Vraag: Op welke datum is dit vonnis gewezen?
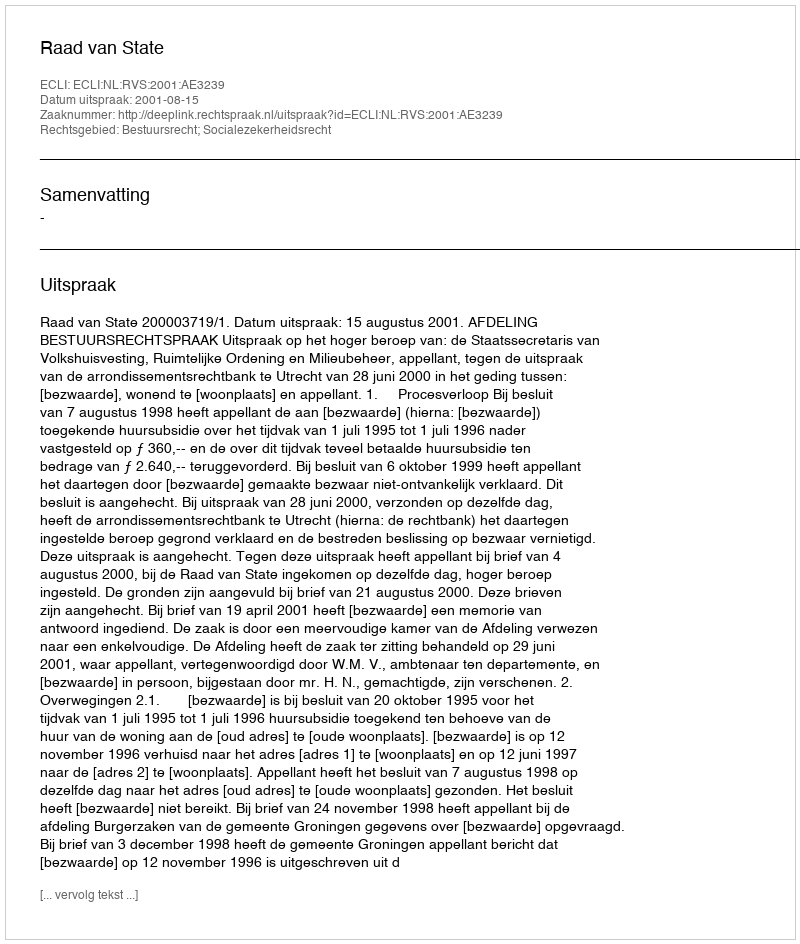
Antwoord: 2001-08-15